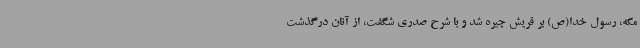
مکه، رسول خدا(ص) بر قریش چیره شد و با شرح صدری شگفت، از آنان درگذشت